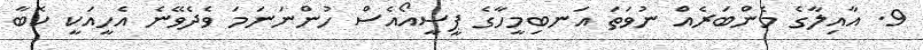
9. އާއިލާގެ މެންބަރެއް ނުވަތަ އަނބިމީހާގެ ޕީސީއޯއެސް ހުންނަނަމަ ވެދެވޭނެ އެހީއަކީ ކޮބާ